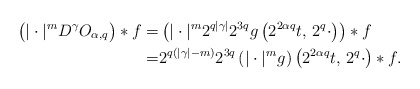
\begin{align*}\big(|\cdot|^m D^\gamma O_{\alpha,q}\big)\ast f=&\left(|\cdot|^m 2^{q|\gamma|}2^{3q}g\left(2^{2\alpha q}t,\,2^{q}\cdot\right)\right)\ast f\\=&2^{q(|\gamma|-m)}2^{3q}\left(|\cdot|^m g\right)\left(2^{2\alpha q}t,\,2^{q}\cdot\right)\ast f.\end{align*}